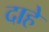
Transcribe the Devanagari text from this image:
दाहे